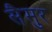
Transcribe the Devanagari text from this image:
सैमुर